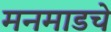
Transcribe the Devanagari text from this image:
मनमाडचे